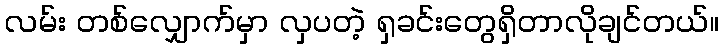
လမ်း တစ်လျှောက်မှာ လှပတဲ့ ရှခင်းတွေရှိတာလိုချင်တယ်။